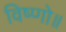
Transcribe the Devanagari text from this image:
विष्णो॥